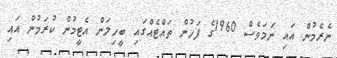
ނެރެމުން އައި ނަމަވެސް 1960ގެ ފަހުން ތައްޓެއްގައި ބީހިލަން އެޓީމުން ކުރަމުން އައި